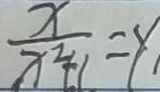
\frac { x } { x ^ { 2 } + 1 } = y _ { 1 }